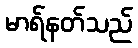
မာရ်နတ်သည်